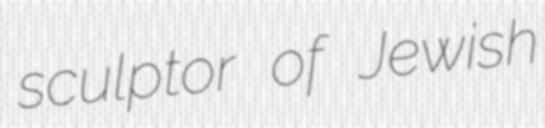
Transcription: sculptor of Jewish